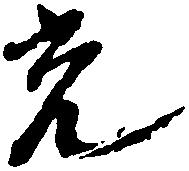
光